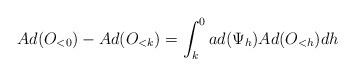
LaTeX: \begin{align*}Ad(O_{<0}) - Ad(O_{<k}) = \int_k^0 ad(\Psi_h) Ad(O_{<h}) dh\end{align*}